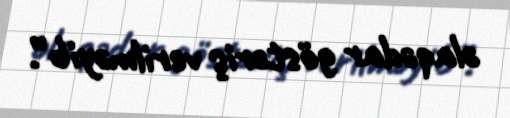
əlaqədar göstəriş verilməyib”.